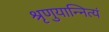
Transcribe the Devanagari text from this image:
श्रृणुयान्नित्यं